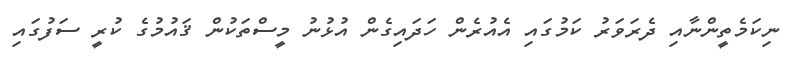
ނިކަމެތީންނާއި ދެރަވަރު ކަމުގައި އެއުރެން ހަދައިގެން އުޅުނު މީސްތަކުން ޤައުމުގެ ކުރީ ސަފުގައި